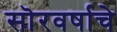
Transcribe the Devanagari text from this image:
सॊरवर्षाचे